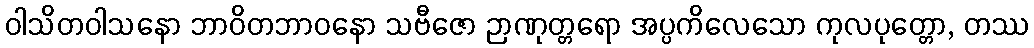
ဝါသိတဝါသနော ဘာဝိတဘာဝနော သဗီဇော ဉာဏုတ္တရော အပ္ပကိလေသော ကုလပုတ္တော, တဿ